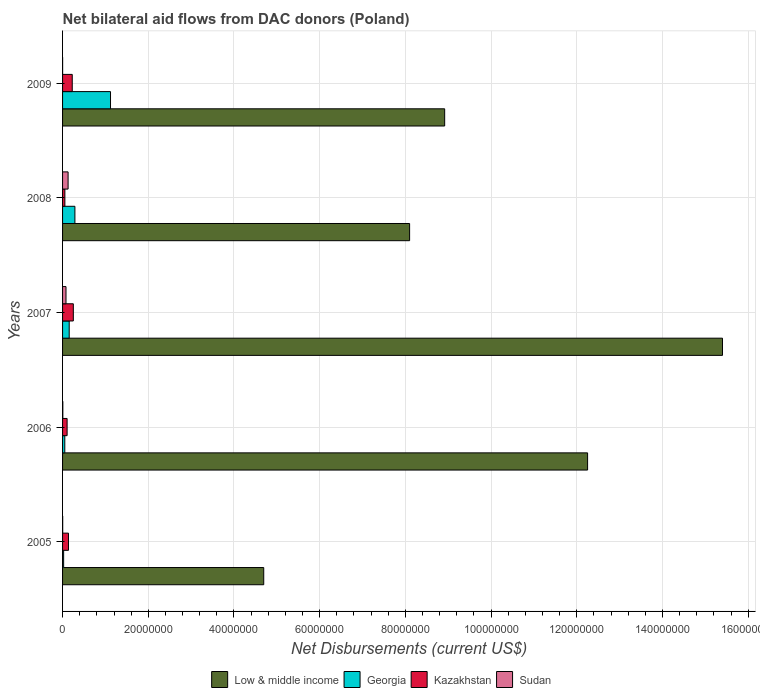
| Years | Low & middle income | Georgia | Kazakhstan | Sudan |
 | --- | --- | --- | --- | --- |
 | 2005 | 4.69e+07 | 2.5e+05 | 1.38e+06 | 3e+04 |
 | 2006 | 1.23e+08 | 5.2e+05 | 1.06e+06 | 6e+04 |
 | 2007 | 1.54e+08 | 1.55e+06 | 2.51e+06 | 8e+05 |
 | 2008 | 8.1e+07 | 2.88e+06 | 5.4e+05 | 1.29e+06 |
 | 2009 | 8.92e+07 | 1.12e+07 | 2.26e+06 | 1e+04 |